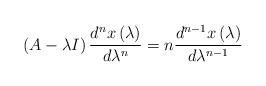
LaTeX: \begin{align*}\left( A-\lambda I\right) \frac{d^{n}x\left( \lambda\right) }{d\lambda^{n}}=n\frac{d^{n-1}x\left( \lambda\right) }{d\lambda^{n-1}}\end{align*}